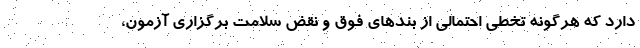
دارد که هرگونه تخطی احتمالی از بندهای فوق و نقض سلامت برگزاری آزمون،